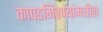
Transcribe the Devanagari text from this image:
कापडगिरण्यांमधील